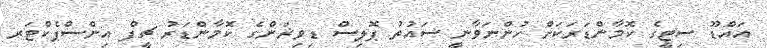
އައްޑޫ ސިޓީގެ ކޮމާންޑަރަކަށް ހުންނަވާނީ ސައުތު ޕޮލިސް ޑިވިޜަންގެ ކޮމާންޑަރު ޗީފް އިންސްޕެކްޓަރ